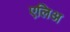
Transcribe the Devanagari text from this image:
एलिअ